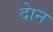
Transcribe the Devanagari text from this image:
दाेन